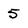
Character: 5